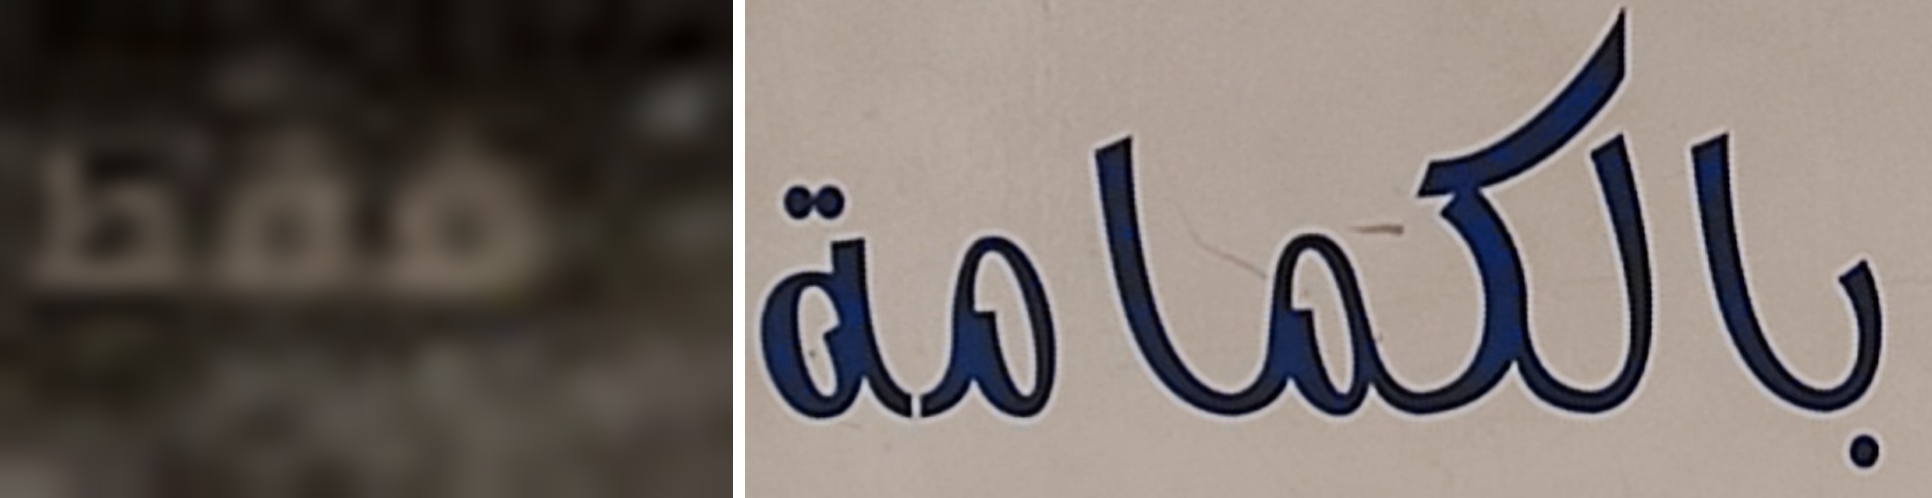
فقط بالكمامة